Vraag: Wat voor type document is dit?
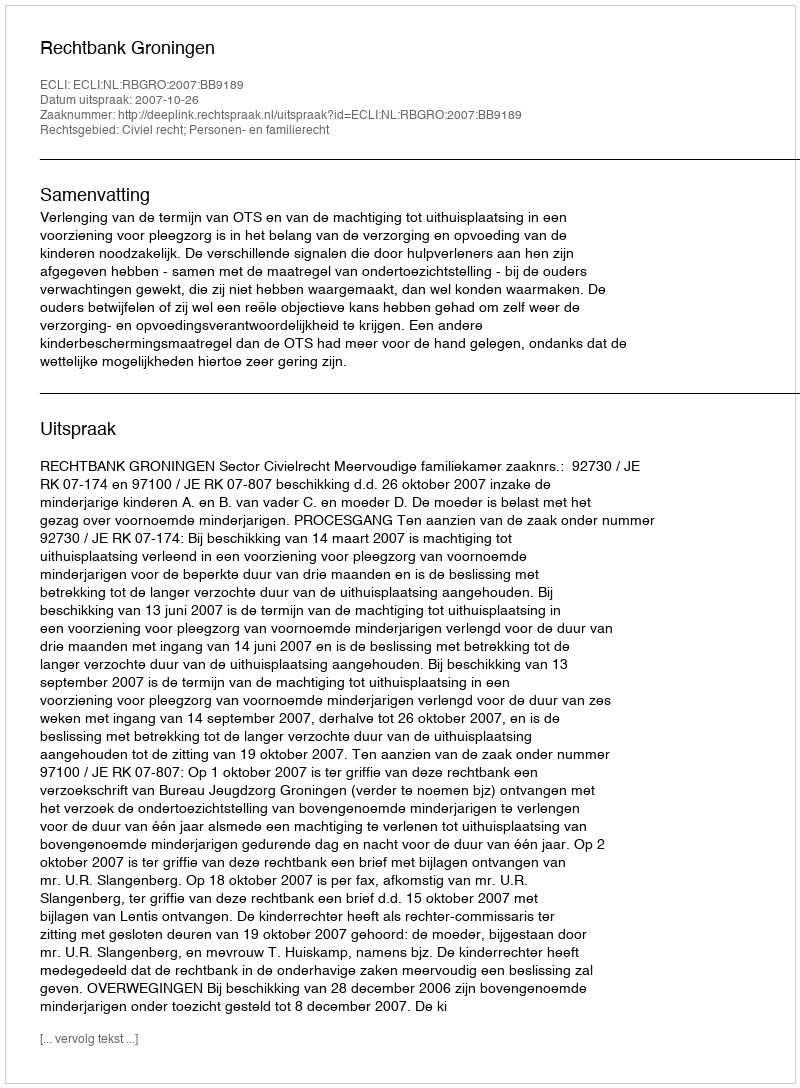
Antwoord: Uitspraak